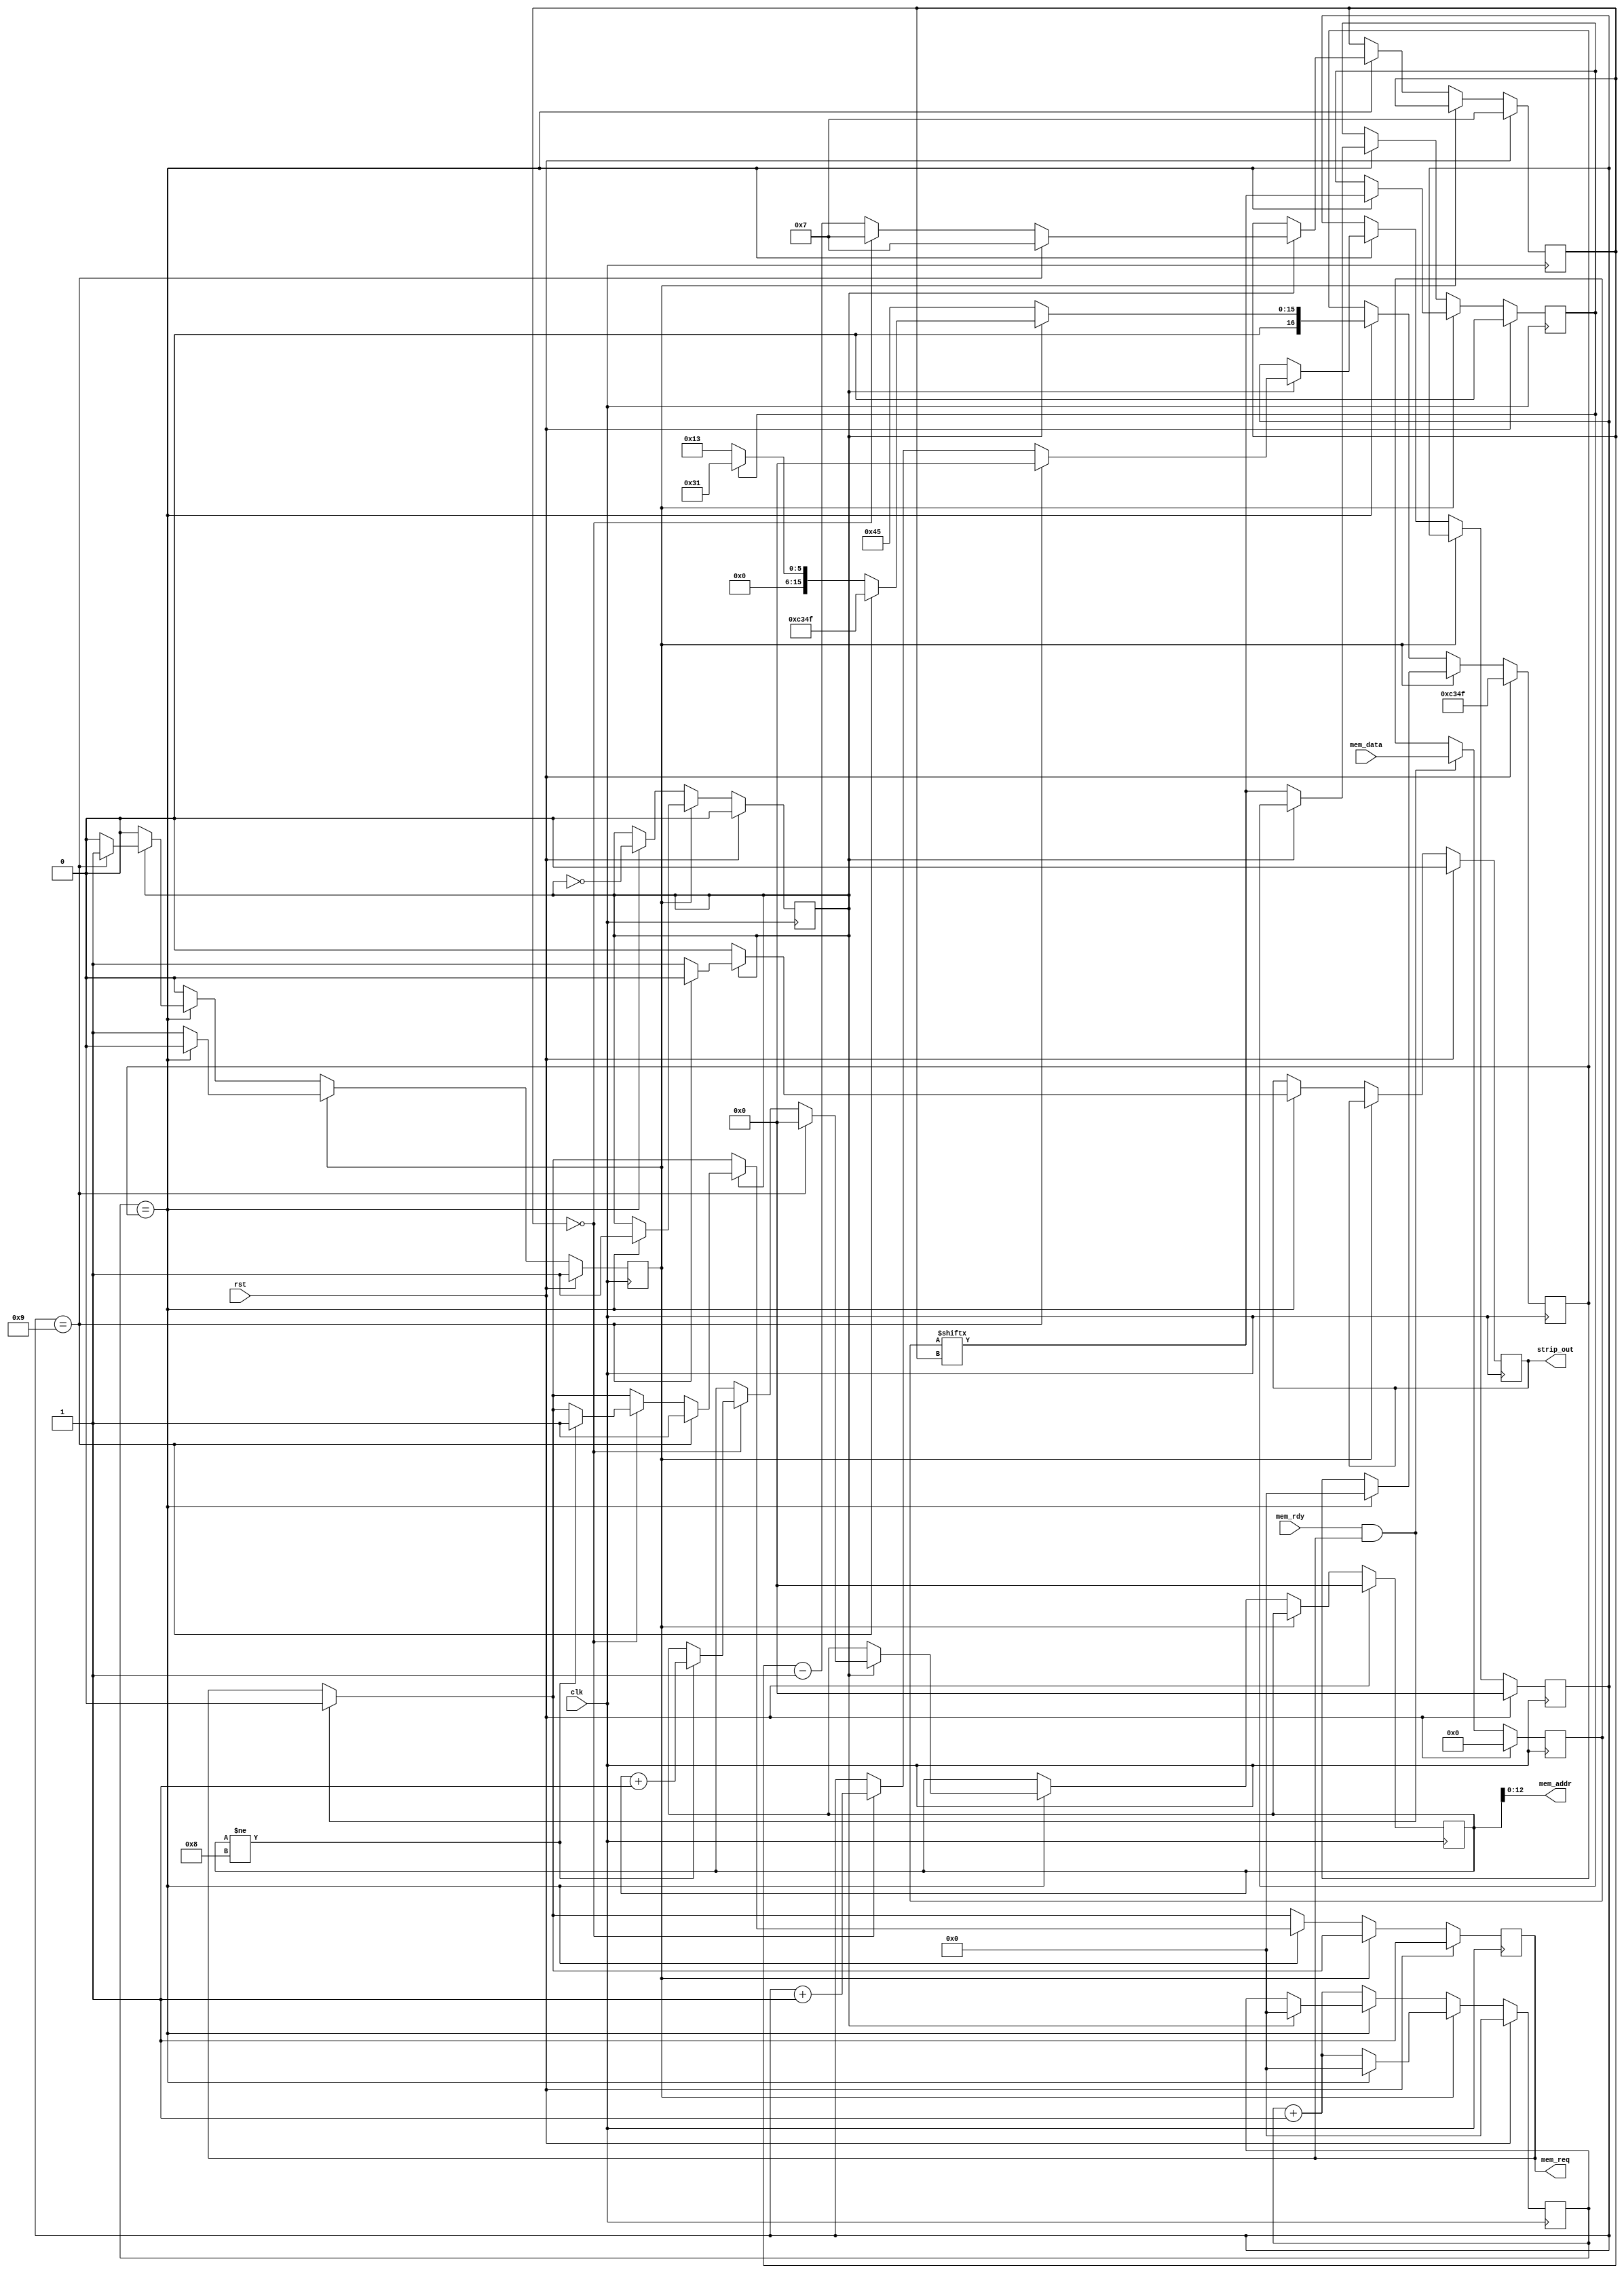
module strip_driver(
    input rst,
    input clk,

    input mem_rdy,
    output mem_req,
    output[ADDRESS_WIDTH-1:0] mem_addr,
    input[7:0] mem_data,
    output strip_out
);

  parameter INPUT_CLOCK_FREQ_MHZ = 50;
  parameter MAX_LEDS = 3;
  parameter NUM_CHANNELS = 3;

  parameter ADDRESS_WIDTH = 13;
  parameter MAX_CHANNEL_INDEX = (MAX_LEDS * NUM_CHANNELS) - 1;
  parameter BASE_ADDRESS = 0;

  parameter TOTAL_PULSE_TIME_NS = 1400;
  parameter ZERO_PULSE_TIME_NS = 400;
  parameter ONE_PULSE_TIME_NS = 1000;
  parameter RESET_PULSE_TIME_NS = 1000000;

  parameter TOTAL_PULSE_TIME = (TOTAL_PULSE_TIME_NS * INPUT_CLOCK_FREQ_MHZ / 1000) - 1;
  parameter ZERO_PULSE_TIME = (ZERO_PULSE_TIME_NS * INPUT_CLOCK_FREQ_MHZ / 1000) - 1;
  parameter ONE_PULSE_TIME = (ONE_PULSE_TIME_NS * INPUT_CLOCK_FREQ_MHZ / 1000) - 1;
  parameter RESET_PULSE_TIME = (RESET_PULSE_TIME_NS * INPUT_CLOCK_FREQ_MHZ / 1000) - 1;

  reg drive_state;
  parameter DRIVE_DRIVING = 0;
  parameter DRIVE_RESET = 1;

  reg pulse_state;
  parameter PULSE_FIRST_HALF = 0;
  parameter PULSE_SECOND_HALF = 1;

  reg[$clog2(RESET_PULSE_TIME):0] pulse_counter;
  reg[$clog2(RESET_PULSE_TIME):0] pulse_counter_match;

  parameter CHANNEL_WIDTH = 8;

  reg[ADDRESS_WIDTH:0] channel_counter;
  reg[ADDRESS_WIDTH:0] mem_addr_reg;
  reg[$clog2(CHANNEL_WIDTH):0] bit_counter;

  reg current_bit;

  assign mem_addr = mem_addr_reg;
  reg mem_req_reg;
  assign mem_req = mem_req_reg;
  reg[7:0] mem_buffer_reg;

  wire strip_out;
  reg strip_out_reg;
  assign strip_out = strip_out_reg;

  always @(posedge clk) begin
    if (rst) begin
      // Held in reset. Perform reset actions.
      channel_counter <= 0;
      current_bit <= 0;
      drive_state <= DRIVE_RESET;
      strip_out_reg <= 0;
      pulse_counter <= 0;
      pulse_counter_match <= RESET_PULSE_TIME;
      pulse_state <= 0;
      bit_counter <= CHANNEL_WIDTH - 1;
      mem_addr_reg <= BASE_ADDRESS;
      mem_buffer_reg <= 0;
      mem_req_reg <= 1;
    end else begin
      if (mem_rdy & mem_req_reg) begin
        mem_buffer_reg <= mem_data;
        mem_req_reg <= 0;
      end
      if (drive_state == DRIVE_DRIVING) begin
      // Driving the bits to the strip
        if (pulse_counter == pulse_counter_match) begin
          // Counter has matched. This occurs for two reasons:
          if (pulse_state == PULSE_SECOND_HALF) begin
          // 2) End of the bit time has been reached. Reset the counter and
          // load the next bit.
            pulse_counter <= 0;
            if (channel_counter == (MAX_CHANNEL_INDEX + 1)) begin
              // We have finished driving the last channel. Clear the output to
              // start the reset band.
              strip_out_reg <= 0;
              drive_state <= DRIVE_RESET;
              pulse_counter_match <= RESET_PULSE_TIME;
              channel_counter <= 0;
              mem_addr_reg <= BASE_ADDRESS;
              mem_req_reg <= 1;
              bit_counter <= CHANNEL_WIDTH - 1;
            end else begin
              // Another bit still needs to be sent.
              strip_out_reg <= 1;
              pulse_counter_match <= current_bit ? ONE_PULSE_TIME : ZERO_PULSE_TIME;
              if (bit_counter == 0) begin
                channel_counter <= channel_counter + 1;
                if (mem_addr_reg != (MAX_CHANNEL_INDEX + BASE_ADDRESS)) begin
                    mem_addr_reg <= mem_addr_reg + 1;
                    mem_req_reg <= 1;
                end
                bit_counter <= CHANNEL_WIDTH - 1;
              end else begin
                bit_counter <= bit_counter - 1;
              end
            end
          end else if (pulse_state == PULSE_FIRST_HALF) begin
          // 1) One or Zero band time has been reached.
            pulse_counter_match <= TOTAL_PULSE_TIME;
            strip_out_reg <= 0;
            current_bit <= mem_buffer_reg[bit_counter];
          end
          pulse_state <= !pulse_state;
        end else begin
          pulse_counter <= pulse_counter + 1;
        end
      end else if (drive_state == DRIVE_RESET) begin
        // Sending the RESET pulse
        // Reset mode; just finished a single strip refresh
        if (pulse_counter == pulse_counter_match) begin
          pulse_counter <= 0;
          pulse_counter_match <= 0;
          drive_state <= DRIVE_DRIVING;
          //strip_out_reg <= 1;

          // Set up the state machine for the first bit of the string.
          current_bit <= mem_buffer_reg[bit_counter];
          //bit_counter <= bit_counter - 1;
          pulse_state <= PULSE_SECOND_HALF;
        end else begin
          pulse_counter <= pulse_counter + 1;
        end
      end
    end
  end

endmodule